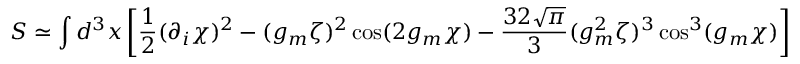
S \simeq \int d ^ { 3 } x \left[ \frac 1 2 ( \partial _ { i } \chi ) ^ { 2 } - ( g _ { m } \zeta ) ^ { 2 } \cos ( 2 g _ { m } \chi ) - \frac { 3 2 \sqrt { \pi } } { 3 } ( g _ { m } ^ { 2 } \zeta ) ^ { 3 } \cos ^ { 3 } ( g _ { m } \chi ) \right] .